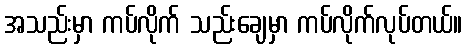
အသည်းမှာ ကပ်လိုက် သည်းချေမှာ ကပ်လိုက်လုပ်တယ်။